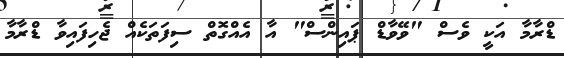
ޑްރާމާ އަކީ ވެސް "ވޭވާޑް ޕައިންސް" އާ އެއްގޮތް ސިފަތަކެއް ޖެހިފައިވާ ޑްރާމާ